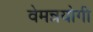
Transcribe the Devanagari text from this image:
वेमन्नयोगी